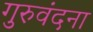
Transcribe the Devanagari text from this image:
गुरुवंदना